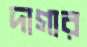
দাগার